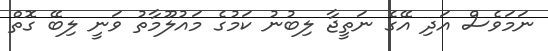
ނަމަވެސް އަދި އޭގެ ނަތީޖާ ލިބުނު ކަމުގެ މައުލޫމާތު ވަނީ ލިބޭ ގޮތް